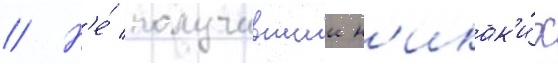
// Н'е́ получившии н'икак'и́х